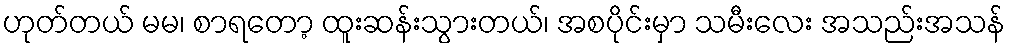
ဟုတ်တယ် မမ၊ စာရတော့ ထူးဆန်းသွားတယ်၊ အစပိုင်းမှာ သမီးလေး အသည်းအသန်